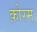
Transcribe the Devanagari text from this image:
क़ोरम